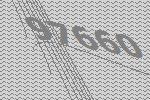
97660